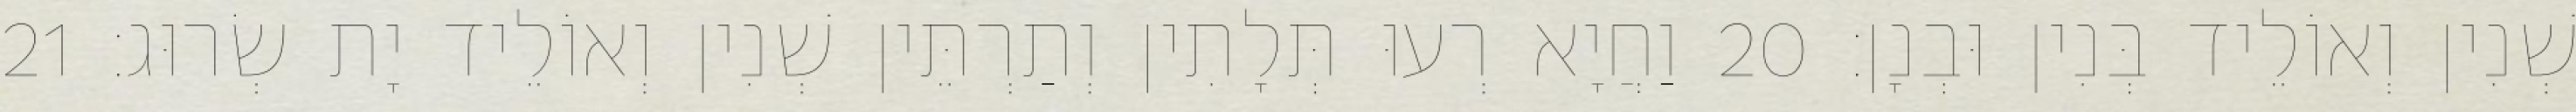
שְׁנִין וְאוֹלֵיד בְּנִין וּבְנָן׃ 20 וַחֲיָא רְעוּ תְּלָתִין וְתַרְתֵּין שְׁנִין וְאוֹלֵיד יָת שְׂרוּג׃ 21